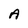
Character: A